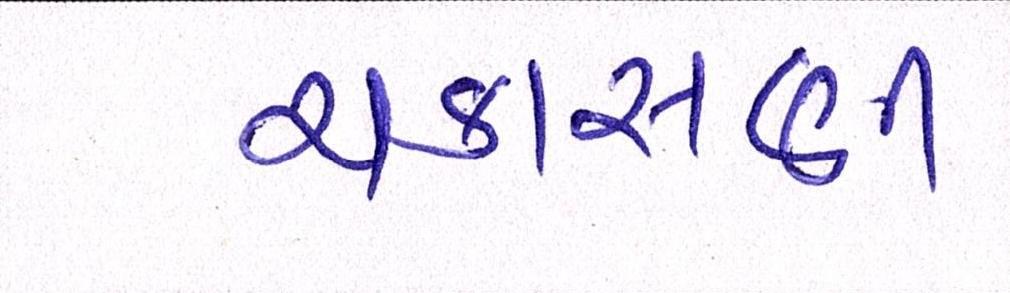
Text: ચકાસણી